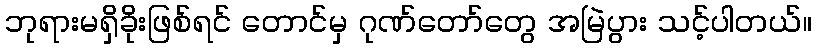
ဘုရားမရှိခိုးဖြစ်ရင် တောင်မှ ဂုဏ်တော်တွေ အမြဲပွား သင့်ပါတယ်။